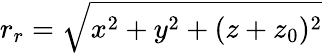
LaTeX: r_{r}=\sqrt{x^{2}+y^{2}+(z+z_{0})^{2}}